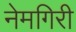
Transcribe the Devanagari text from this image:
नेमगिरी